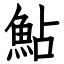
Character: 鮎